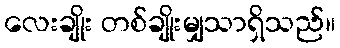
လေးချိုး တစ်ချိုးမျှသာရှိသည်။